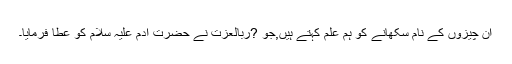
ان چیزوں کے نام سکھانے کو ہم علم کہتے ہیں,جو ?ربالعزت نے حضرت آدم علیہ سلام کو عطا فرمایا۔